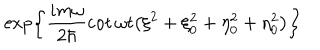
\exp \left\{ \frac { i m \omega } { 2 \hbar } \cot \omega t \bigl ( \xi ^ { 2 } + \xi _ { 0 } ^ { 2 } + \eta _ { 0 } ^ { 2 } + \eta _ { 0 } ^ { 2 } \bigr ) \right\}